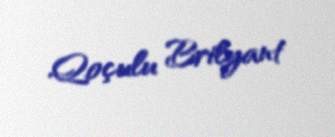
Qoçulu Brilyant